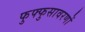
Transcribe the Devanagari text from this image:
फुफ्फुसावरणों